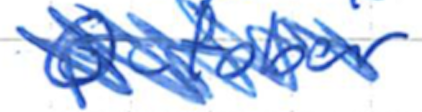
Text: October
Cross-out: scratch
Writing tool: ballpoint